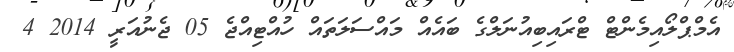
އެމްޕްލޯއިމެންޓް ޓްރައިބިއުނަލްގެ ބައެއް މައްސަލަތައް ހުއްޓިއްޖެ 05 ޖެނުއަރީ 2014 4